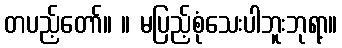
တပည့်တော်။ ။ မပြည့်စုံသေးပါဘူးဘုရာ့။